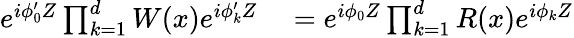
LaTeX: \begin{array}{rl}{e^{i\phi_{0}^{\prime}Z}\prod_{k=1}^{d}W(x)e^{i\phi_{k}^{\prime}Z}}&{{}=e^{i\phi_{0}Z}\prod_{k=1}^{d}R(x)e^{i\phi_{k}Z}}\end{array}